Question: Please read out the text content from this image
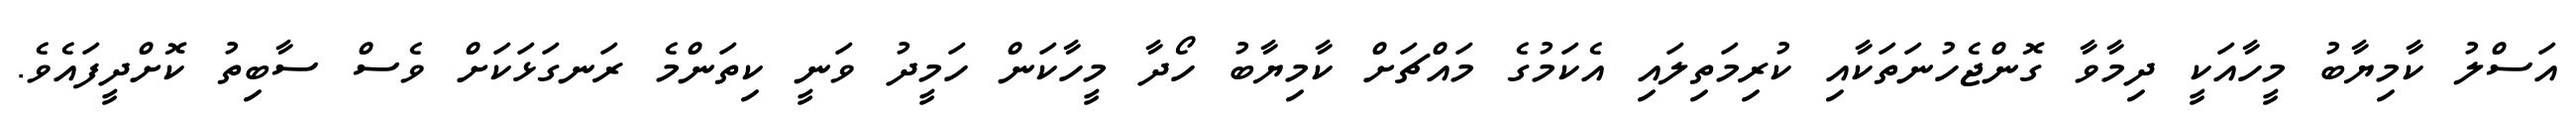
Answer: އަސްލު ކާމިޔާބު މީހާއަކީ ދިމާވާ ގޮންޖެހުނަތަކާއި ކުރިމަތިލައި އެކަމުގެ މައްޗަށް ކާމިޔާބު ހޯދާ މީހާކަން ހަމީދު ވަނީ ކިތަންމެ ރަނގަޅަކަށް ވެސް ސާބިތު ކޮށްދީފައެވެ.